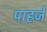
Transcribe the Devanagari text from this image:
पाहजे